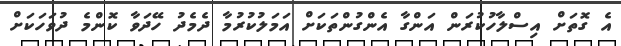
އެ ގޮތަށް އިސްލާހުކުރަން އަންގާ އެންގުންތަކަށް އަމަލުކުރުމާ ދެމެދު ހޭދަވާ ކޮންމެ ދުވަހަކަށް